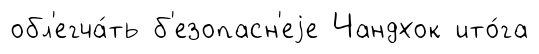
обл'егча́ть б'езопасн'еjе Чандхок ито́га